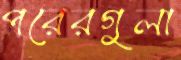
পরেরগুলা